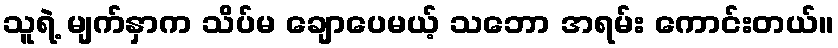
သူရဲ့ မျက်နှာက သိပ်မ ချောပေမယ့် သဘော အရမ်း ကောင်းတယ်။